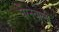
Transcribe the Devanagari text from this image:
घेरनेवाली